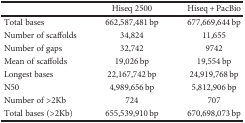
|  | Hiseq 2500 | Hiseq + PacBio |
 | --- | --- | --- |
 | Total bases | 662,587,481 bp | 677,669,644 bp |
 | Number of scaffolds | 34,824 | 11,655 |
 | Number of gaps | 32,742 | 9742 |
 | Mean of scaffolds | 19,026 bp | 19,554 bp |
 | Longest bases | 22,167,742 bp | 24,919,768 bp |
 | N50 | 4,989,656 bp | 5,812,906 bp |
 | Number of >2Kb | 724 | 707 |
 | Total bases (>2Kb) | 655,539,910 bp | 670,698,073 bp |